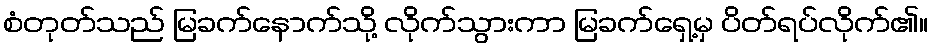
စံတုတ်သည် မြခက်နောက်သို့ လိုက်သွားကာ မြခက်ရှေ့မှ ပိတ်ရပ်လိုက်၏။